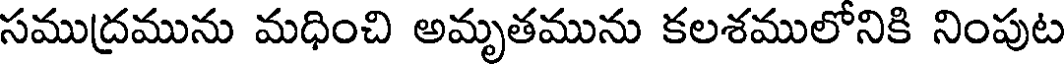
సముద్రమును మధించి అమృతమును కలశములోనికి నింపుట